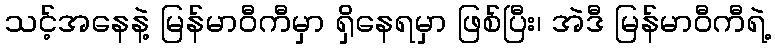
သင့်အနေနဲ့ မြန်မာဝီကီမှာ ရှိနေရမှာ ဖြစ်ပြီး၊ အဲဒီ မြန်မာဝီကီရဲ့